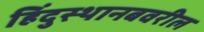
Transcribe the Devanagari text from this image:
हिंदुस्थानबवरील